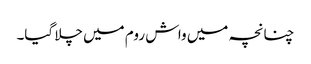
چنانچہ میں واش روم میں چلا گیا۔